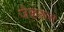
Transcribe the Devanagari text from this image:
जैकरूस